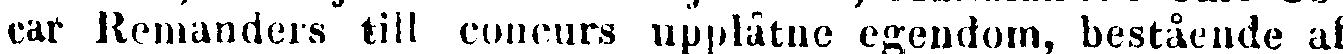
car Remanders till concurs upplåtne egendom, bestående af